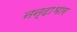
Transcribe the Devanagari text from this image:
नन्दाभार